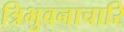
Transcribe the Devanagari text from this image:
त्रिभुवनाचारि